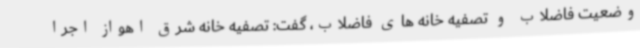
وضعیت فاضلاب و تصفیه خانه های فاضلاب، گفت: تصفیه خانه شرق اهواز اجرا